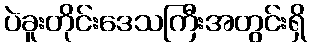
ပဲခူးတိုင်းဒေသကြီးအတွင်းရှိ